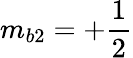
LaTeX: m_{b2}=+\frac{1}{2}